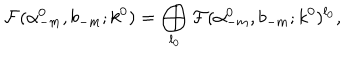
{ \cal F } ( \alpha _ { - m } ^ { 0 } , b _ { - m } ; k ^ { 0 } ) = \bigoplus _ { l _ { 0 } } { \cal F } ( \alpha _ { - m } ^ { 0 } , b _ { - m } ; k ^ { 0 } ) ^ { l _ { 0 } } ,